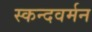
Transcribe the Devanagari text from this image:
स्कन्दवर्मन